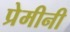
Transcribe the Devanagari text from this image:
प्रेमीनी